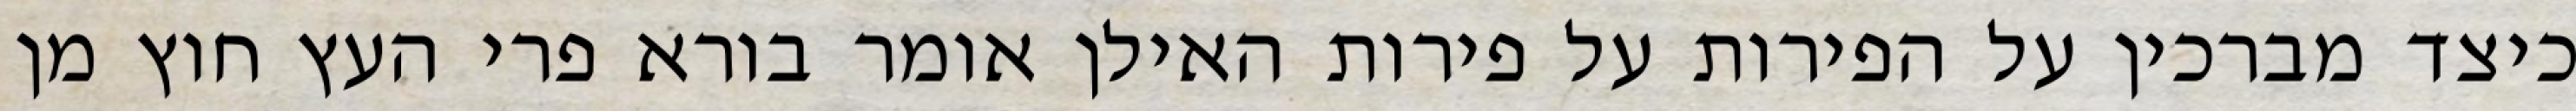
כיצד מברכין על הפירות על פירות האילן אומר בורא פרי העץ חוץ מן